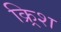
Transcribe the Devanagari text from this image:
क्र्रिश